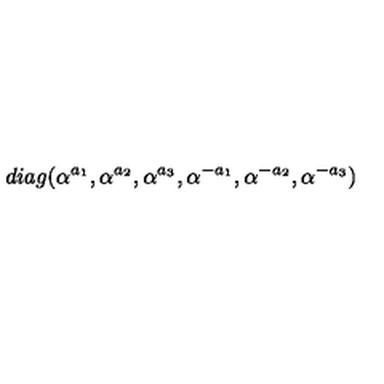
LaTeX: d i a g ( \alpha ^ { a _ { 1 } } , \alpha ^ { a _ { 2 } } , \alpha ^ { a _ { 3 } } , \alpha ^ { - a _ { 1 } } , \alpha ^ { - a _ { 2 } } , \alpha ^ { - a _ { 3 } } )